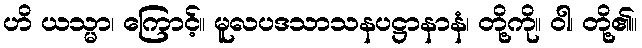
ဟိ ယသ္မာ၊ ကြောင့်။ မူလပဒသာသနပဋ္ဌာနာနံ၊ တို့ကို။ ဝါ၊ တို့၏။